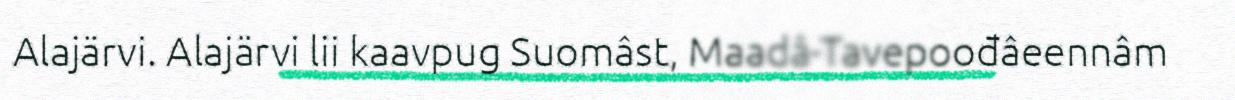
Alajärvi. Alajärvi lii kaavpug Suomâst, Maadâ-Tavepoođâeennâm